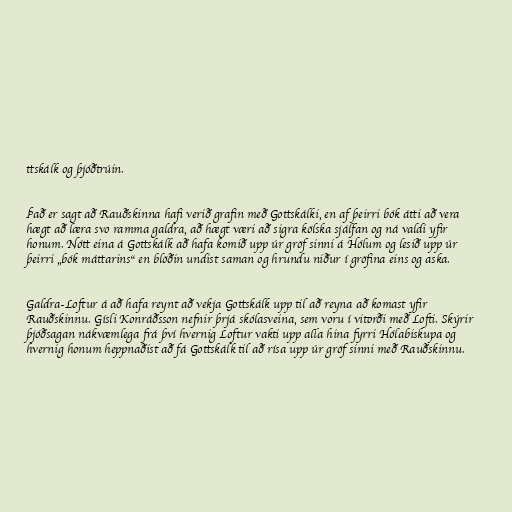
ttskálk og þjóðtrúin.

Það er sagt að Rauðskinna hafi verið grafin með Gottskálki, en af þeirri bók átti að vera
hægt að læra svo ramma galdra, að hægt væri að sigra kölska sjálfan og ná valdi yfir
honum. Nótt eina á Gottskálk að hafa komið upp úr gröf sinni á Hólum og lesið upp úr
þeirri „bók máttarins“ en blöðin undist saman og hrundu niður í gröfina eins og aska.

Galdra-Loftur á að hafa reynt að vekja Gottskálk upp til að reyna að komast yfir
Rauðskinnu. Gísli Konráðsson nefnir þrjá skólasveina, sem voru í vitorði með Lofti. Skýrir
þjóðsagan nákvæmlega frá því hvernig Loftur vakti upp alla hina fyrri Hólabiskupa og
hvernig honum heppnaðist að fá Gottskálk til að rísa upp úr gröf sinni með Rauðskinnu.